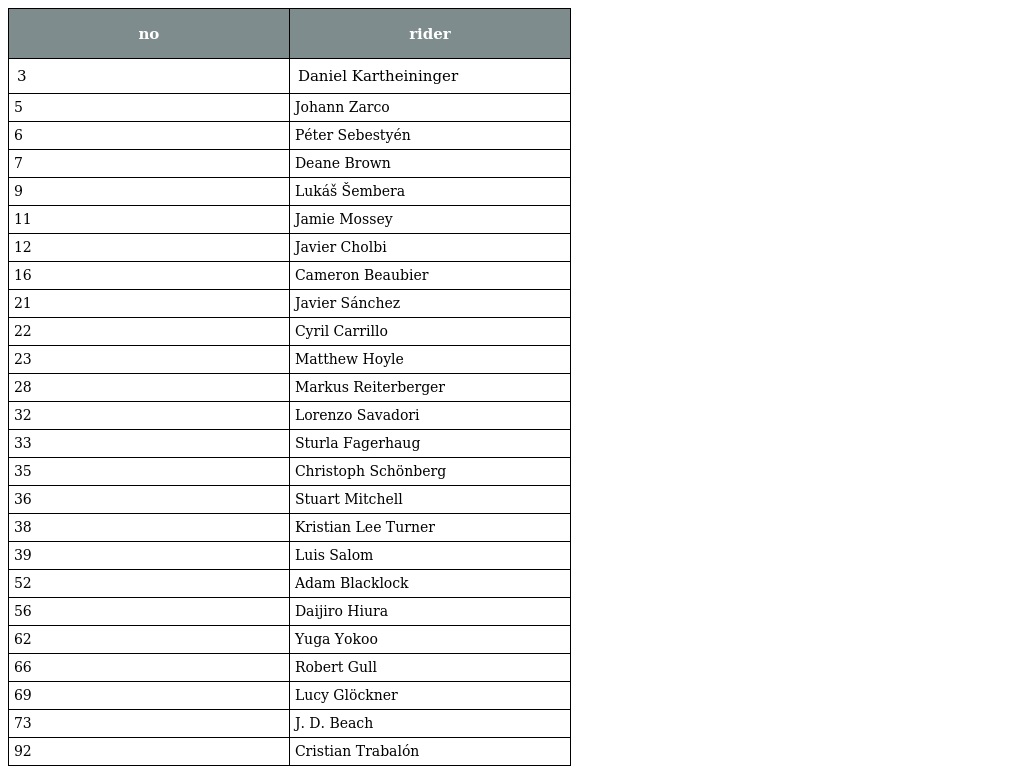
| no | rider |
 | --- | --- |
 | 3 | Daniel Kartheininger |
 | 5 | Johann Zarco |
 | 6 | Péter Sebestyén |
 | 7 | Deane Brown |
 | 9 | Lukáš Šembera |
 | 11 | Jamie Mossey |
 | 12 | Javier Cholbi |
 | 16 | Cameron Beaubier |
 | 21 | Javier Sánchez |
 | 22 | Cyril Carrillo |
 | 23 | Matthew Hoyle |
 | 28 | Markus Reiterberger |
 | 32 | Lorenzo Savadori |
 | 33 | Sturla Fagerhaug |
 | 35 | Christoph Schönberg |
 | 36 | Stuart Mitchell |
 | 38 | Kristian Lee Turner |
 | 39 | Luis Salom |
 | 52 | Adam Blacklock |
 | 56 | Daijiro Hiura |
 | 62 | Yuga Yokoo |
 | 66 | Robert Gull |
 | 69 | Lucy Glöckner |
 | 73 | J. D. Beach |
 | 92 | Cristian Trabalón |